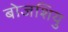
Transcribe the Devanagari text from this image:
बोजशियु